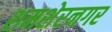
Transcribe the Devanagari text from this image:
शमशेरनगर